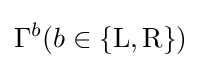
\Gamma ^{b}(b\in \{\mathrm {L,R} \})